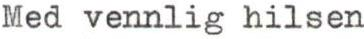
Med vennlig hilsen